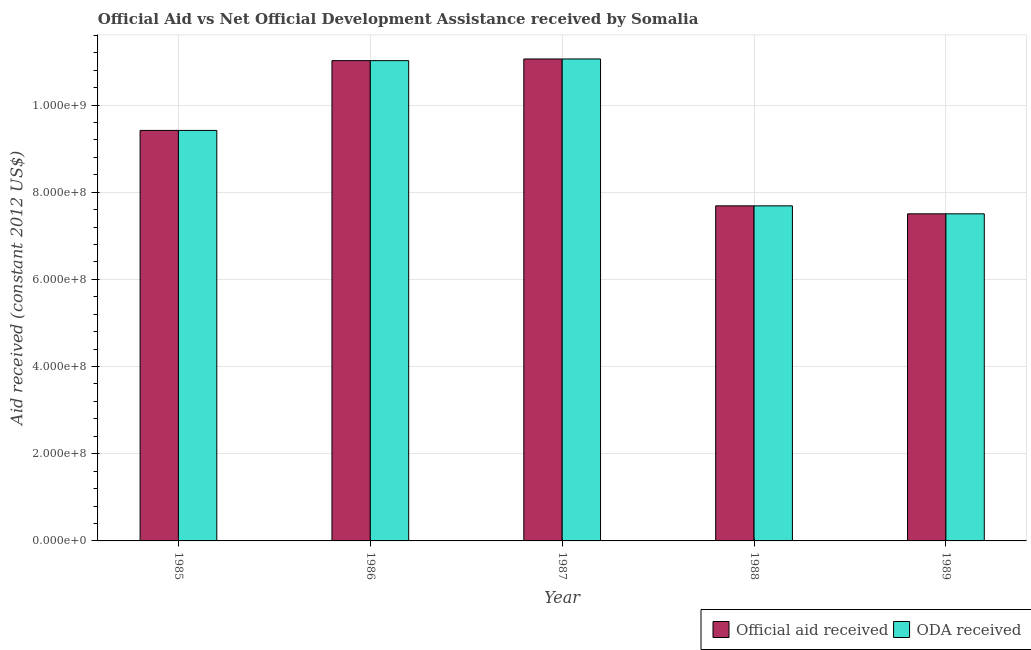
| Year | Official aid received | ODA received |
 | --- | --- | --- |
 | 1985 | 9.42e+08 | 9.42e+08 |
 | 1986 | 1.1e+09 | 1.1e+09 |
 | 1987 | 1.11e+09 | 1.11e+09 |
 | 1988 | 7.69e+08 | 7.69e+08 |
 | 1989 | 7.5e+08 | 7.5e+08 |